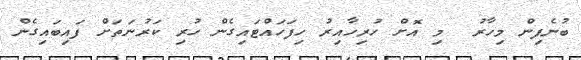
ބުނެފިން މިހާރު  މި އޮށް ހުރިހާއިރު ހިފަހައްޓައިގެން ހުރި ކަރުނަތަށް ފައިބައިގެން